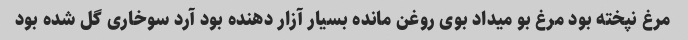
مرغ نپخته بود مرغ بو میداد بوی روغن مانده بسیار آزار دهنده بود آرد سوخاری گل شده بود